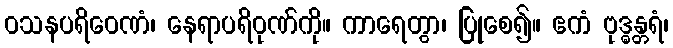
ဝသနပရိဝေဏံ၊ နေရာပရိဝုဏ်ကို။ ကာရေတွာ၊ ပြုစေ၍။ ဧကံ ဗုဒ္ဓန္တရံ၊